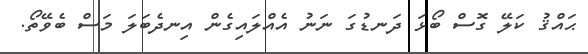
ޙައްޤު ކަލޭ ގޮސް ބޯޅަ ދަނޑުގަ ނަނު އެއްލައިގެން އިނދެބަލަ މަސް ބެވޭތޯ.